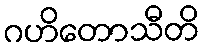
ဂဟိတောသီတိ